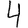
Digit: 4